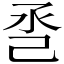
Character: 𢀷